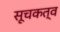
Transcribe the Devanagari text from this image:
सूचकत्व